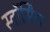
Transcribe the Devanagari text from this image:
स्वॉर्मिंग